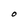
Character: O